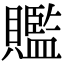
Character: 𧸦